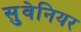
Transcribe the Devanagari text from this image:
सुवेनियर